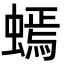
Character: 䗡